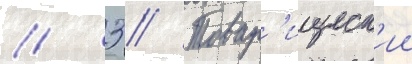
// 3 // Товар'ищеск'ии